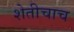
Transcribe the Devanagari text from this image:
शेतीचाच